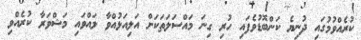
ކުރެއްވުމުގައި ދުނިޔެ ކަންބޮޑުވެފައި ހުރި ގިނަ މައްސަލަަތަކަށް އަލިއަޅުއްވާ ލައްވައި މަޝްވަރާ ކުރެއްވި